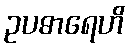
ဥပဓာရေဟိ